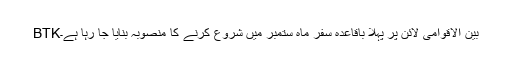
BTKبین الاقوامی لائن پر پہلا باقاعدہ سفر ماہِ ستمبر میں شروع کرنے کا منصوبہ بنایا جا رہا ہے۔